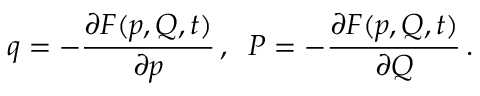
q = - \frac { \partial F ( p , Q , t ) } { \partial p } \, , \; \; P = - \frac { \partial F ( p , Q , t ) } { \partial Q } \, .